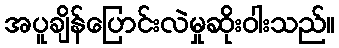
အပူချိန်ပြောင်းလဲမှုဆိုးဝါးသည်။